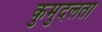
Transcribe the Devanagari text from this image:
कुमुदलता